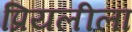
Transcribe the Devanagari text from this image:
प्रियलीला